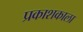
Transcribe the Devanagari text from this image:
प्रकाशकाला